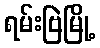
ရမ်းဗြဲမြို့